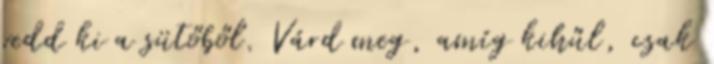
vedd ki a sütőből. Várd meg, amíg kihűl, csak